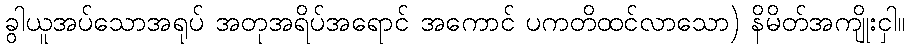
ခွါယူအပ်သောအရုပ် အတုအရိပ်အရောင် အကောင် ပကတိထင်လာသော) နိမိတ်အကျိုးငှါ။